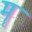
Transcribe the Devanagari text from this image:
मॄ